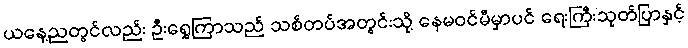
ယနေ့ညတွင်လည်း ဦးရွှေကြာသည် သစ်တပ်အတွင်းသို့ နေမဝင်မီမှာပင် ရေးကြီးသုတ်ပြာနှင့်